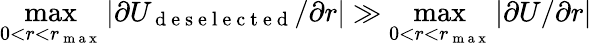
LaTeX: \operatorname*{max}_{0<r<r_{\mathrm{~m~a~x~}}}|\partial U_{\mathrm{~d~e~s~e~l~e~c~t~e~d~}}/\partial r|\gg\operatorname*{max}_{0<r<r_{\mathrm{~m~a~x~}}}|\partial U/\partial r|